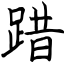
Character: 踖